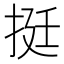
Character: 挺